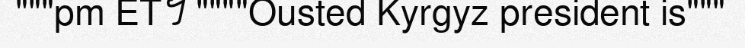
"""pm ET។ """"Ousted Kyrgyz president is"""